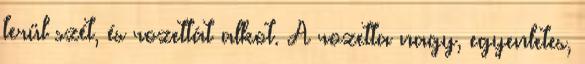
terül szét, és rozettát alkot. A rozetta nagy, egyenletes,